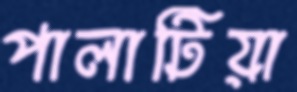
পালাটিয়া